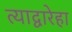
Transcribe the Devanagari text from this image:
त्याद्वारेहा